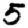
Digit: 5